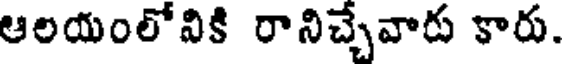
ఆలయంలోవికి రానిచ్చేవారు కారు.